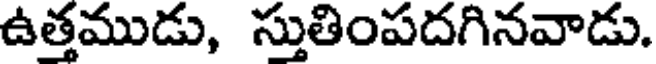
ఉత్తముడు, స్తుతింపదగినవాడు.